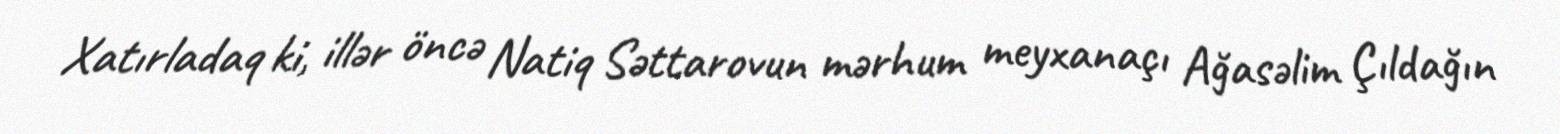
Xatırladaq ki, illər öncə Natiq Səttarovun mərhum meyxanaçı Ağasəlim Çıldağın